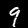
Label: 9